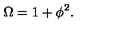
\Omega = 1 + \phi ^ { 2 } .